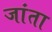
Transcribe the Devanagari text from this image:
जांता